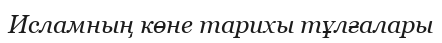
Исламның көне тарихы тұлғалары